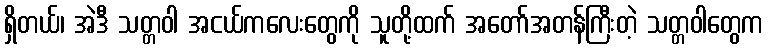
ရှိတယ်၊ အဲဒီ သတ္တဝါ အငယ်ကလေးတွေကို သူတို့ထက် အတော်အတန်ကြီးတဲ့ သတ္တဝါတွေက